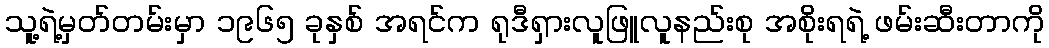
သူ့ရဲ့မှတ်တမ်းမှာ ၁၉၆၅ ခုနှစ် အရင်က ရုဒီရှားလူဖြူလူနည်းစု အစိုးရရဲ့ ဖမ်းဆီးတာကို